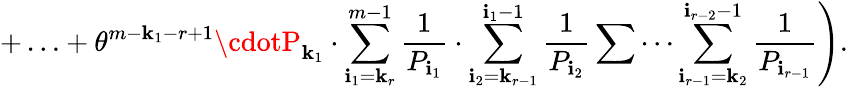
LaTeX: +\ldots+\theta^{m-\mathbf{k}_{1}-r+1}\cdotP_{\mathbf{k}_{1}}\cdot\sum_{\mathbf{i}_{1}=\mathbf{k}_{r}}^{m-1}\frac{{1}}{{P_{\mathbf{i}_{1}}}}\cdot\sum_{\mathbf{i}_{2}=\mathbf{k}_{r-1}}^{\mathbf{i}_{1}-1}\frac{{1}}{{P_{\mathbf{i}_{2}}}}\sum\cdots\sum_{\mathbf{i}_{r-1}=\mathbf{k}_{2}}^{\mathbf{i}_{r-2}-1}\frac{{1}}{{P_{\mathbf{i}_{r-1}}}}\Bigg).